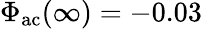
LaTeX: \Phi_{\mathrm{ac}}(\infty)=-0.03